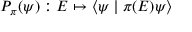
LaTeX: P _ { \pi } ( \psi ) : E \mapsto \langle \psi \mid \pi ( E ) \psi \rangle